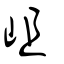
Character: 岨